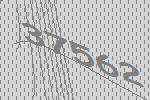
37562